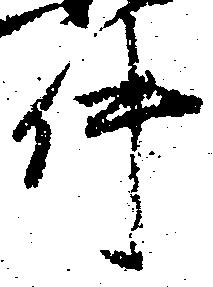
件